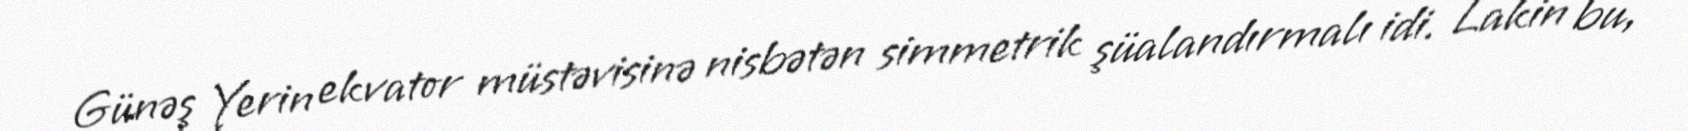
Günəş Yerin ekvator müstəvisinə nisbətən simmetrik şüalandırmalı idi. Lakin bu,